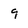
Character: 9